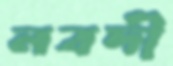
নবদী